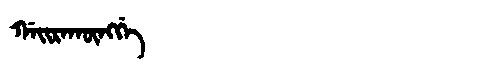
Manchu: ᡤᠠᡳᡵᠠᡴᡡᠩᡤᡝ
Romanization: GAIRAKŪNGGE